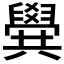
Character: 𠔹